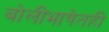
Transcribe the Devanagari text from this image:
बोलीभाषेतही